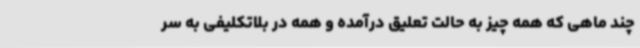
چند ماهی که همه چیز به حالت تعلیق درآمده و همه در بلاتکلیفی به سر